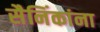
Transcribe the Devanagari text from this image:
सैनिंकांना